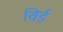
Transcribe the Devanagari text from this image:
विर्ड